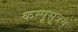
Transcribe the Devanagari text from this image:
कम्पूसूत्रम्